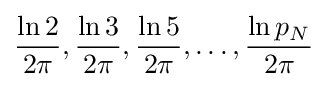
{\frac {\ln 2}{2\pi }},{\frac {\ln 3}{2\pi }},{\frac {\ln 5}{2\pi }},\ldots ,{\frac {\ln p_{N}}{2\pi }}